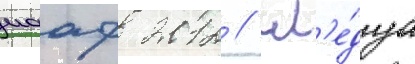
иааф 2012 // Сл'е́дуа